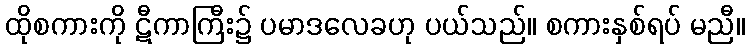
ထိုစကားကို ဋီကာကြီး၌ ပမာဒလေခဟု ပယ်သည်။ စကားနှစ်ရပ် မညီ။